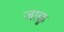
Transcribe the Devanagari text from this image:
जाळु